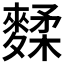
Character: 𪍚